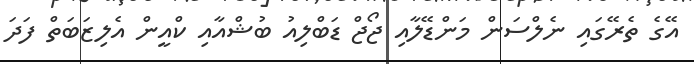
އޭގެ ތެރޭގައި ނެލްސަން މަންޑޭލާއި ޖޯޖް ޑަބްލިއު ބުޝްއާއި ކްއީން އެލިޒަބަތް ފަދަ